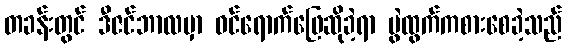
တခန်းတွင် ဒီဇင်ဘာလမှာ ဝင်ရောက်ဖြေဆိုခဲ့ရာ ပွဲထွက်ကစားစေခဲ့သည်